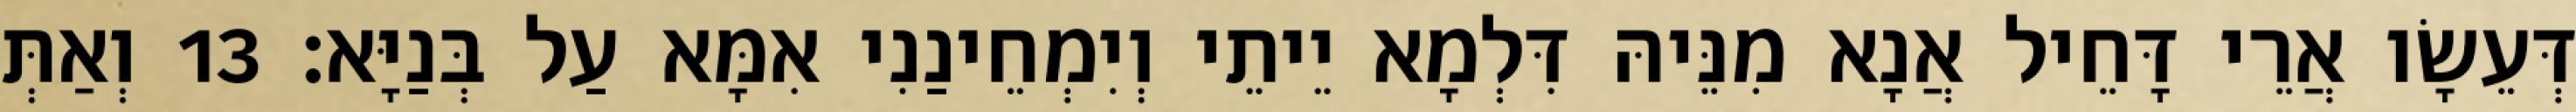
דְּעֵשָׂו אֲרֵי דָּחֵיל אֲנָא מִנֵּיהּ דִּלְמָא יֵיתֵי וְיִמְחֵינַנִי אִמָּא עַל בְּנַיָּא׃ 13 וְאַתְּ